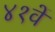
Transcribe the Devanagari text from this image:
४१वें